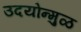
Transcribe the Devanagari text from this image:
उदयोन्मुळ